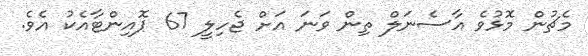
މެޗުން މޮޅުވެ އާސެނަލް ތިން ވަނަ އަށް ޖެހިލީ 67 ޕޮއިންޓާއެކު އެވެ.